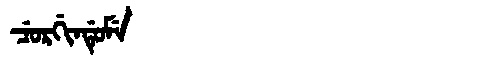
Manchu: ᠴᡠᡵᡤᡳᠨᡩᡠᠮᡝ
Romanization: CURGINDUME